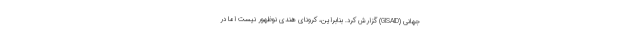
جهانی (GISAID) گزارش کرد. بنابراین، کرونای هندی نوظهور نیست اما در